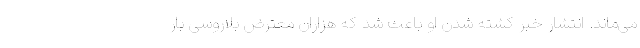
می‌ماند. انتشار خبر کشته شدن او باعث شد که هزاران معترض بلاروسی بار